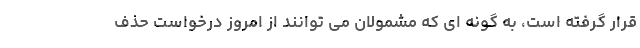
قرار گرفته است، به گونه ای که مشمولان می توانند از امروز درخواست حذف